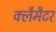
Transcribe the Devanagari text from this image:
क्लैमैटर